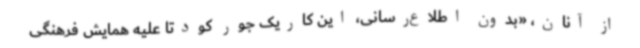
از آنان، «بدون اطلاع‌رسانی، این‌ کاریک جور کودتا علیه همایش فرهنگی